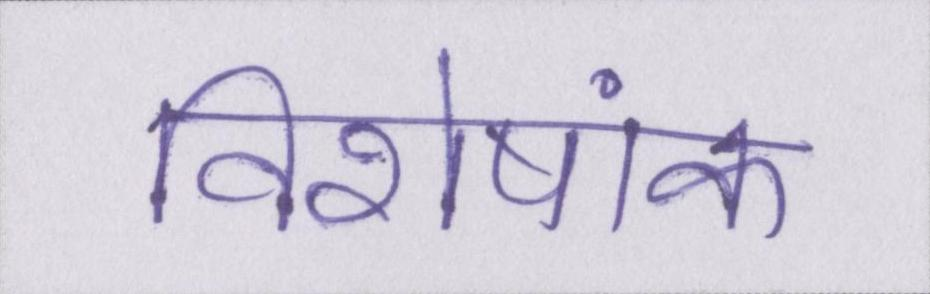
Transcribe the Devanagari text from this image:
विशेषांक